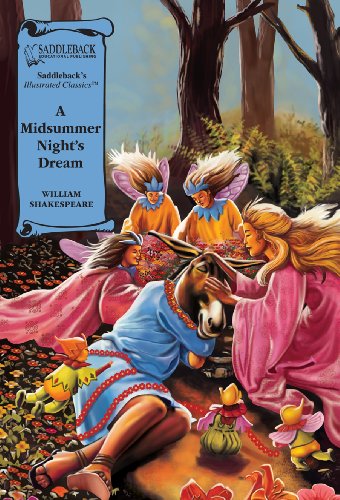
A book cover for A Midsummer Night's Dream (Saddleback's Illustrated Classics); William Shakespeare; Comics & Graphic Novels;